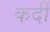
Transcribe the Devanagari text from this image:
कर्दी